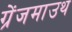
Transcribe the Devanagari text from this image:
ग्रेंजमाउथ